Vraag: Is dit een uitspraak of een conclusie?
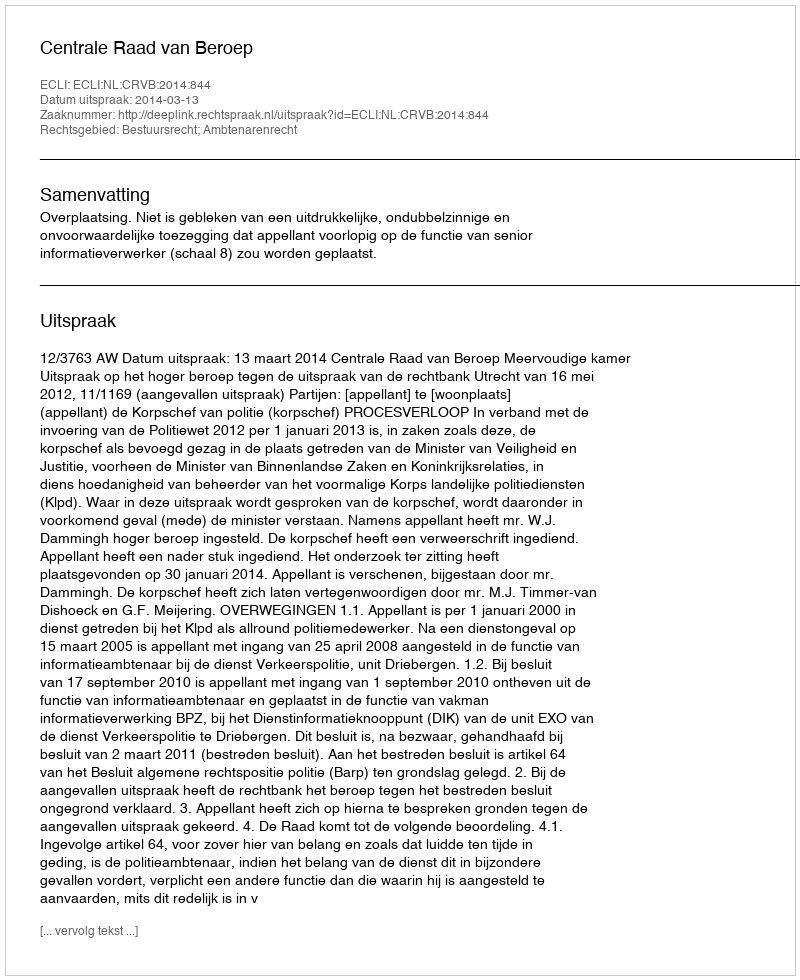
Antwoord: Uitspraak